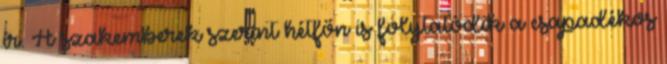
ír. A szakemberek szerint hétfőn is folytatódik a csapadékos